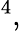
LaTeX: ^4,